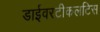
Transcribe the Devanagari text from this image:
डाईवरटीकलटिस